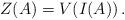
LaTeX: \begin{align*}Z(A)=V(I(A))\,.\end{align*}